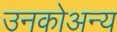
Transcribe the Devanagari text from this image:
उनकोअन्य